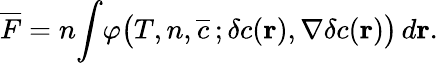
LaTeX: \begin{array}{l}{\displaystyle{\overline{{F}}=n\! \int\! \varphi\big(T,n,\overline{{c}}\, ;\delta c({\mathbf r}),\nabla\delta c({\mathbf r})\big)\, d{\mathbf r}.}}\end{array}